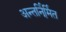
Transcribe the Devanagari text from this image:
अन्तर्नि्र्मित